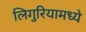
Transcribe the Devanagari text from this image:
लिगुरियामध्ये